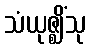
သံယုဇ္ဈိံသု